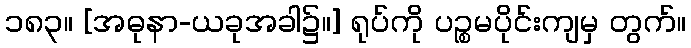
၁၈၃။ [အဓုနာ-ယခုအခါ၌။] ရုပ်ကို ပဉ္စမပိုင်းကျမှ တွက်။